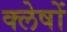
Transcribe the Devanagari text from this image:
क्लेषों